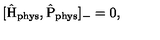
[ \hat { \mathrm { H } } _ { \mathrm { p h y s } } , \hat { \mathrm { P } } _ { \mathrm { p h y s } } ] _ { - } = 0 , \,